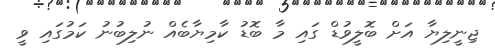
ޖިނީލިޔާ އަށް ބޮލީވުޑް ގައި މާ ބޮޑު ކާމިޔާބެއް ނުލިބުނު ކަމުގައި ވީ